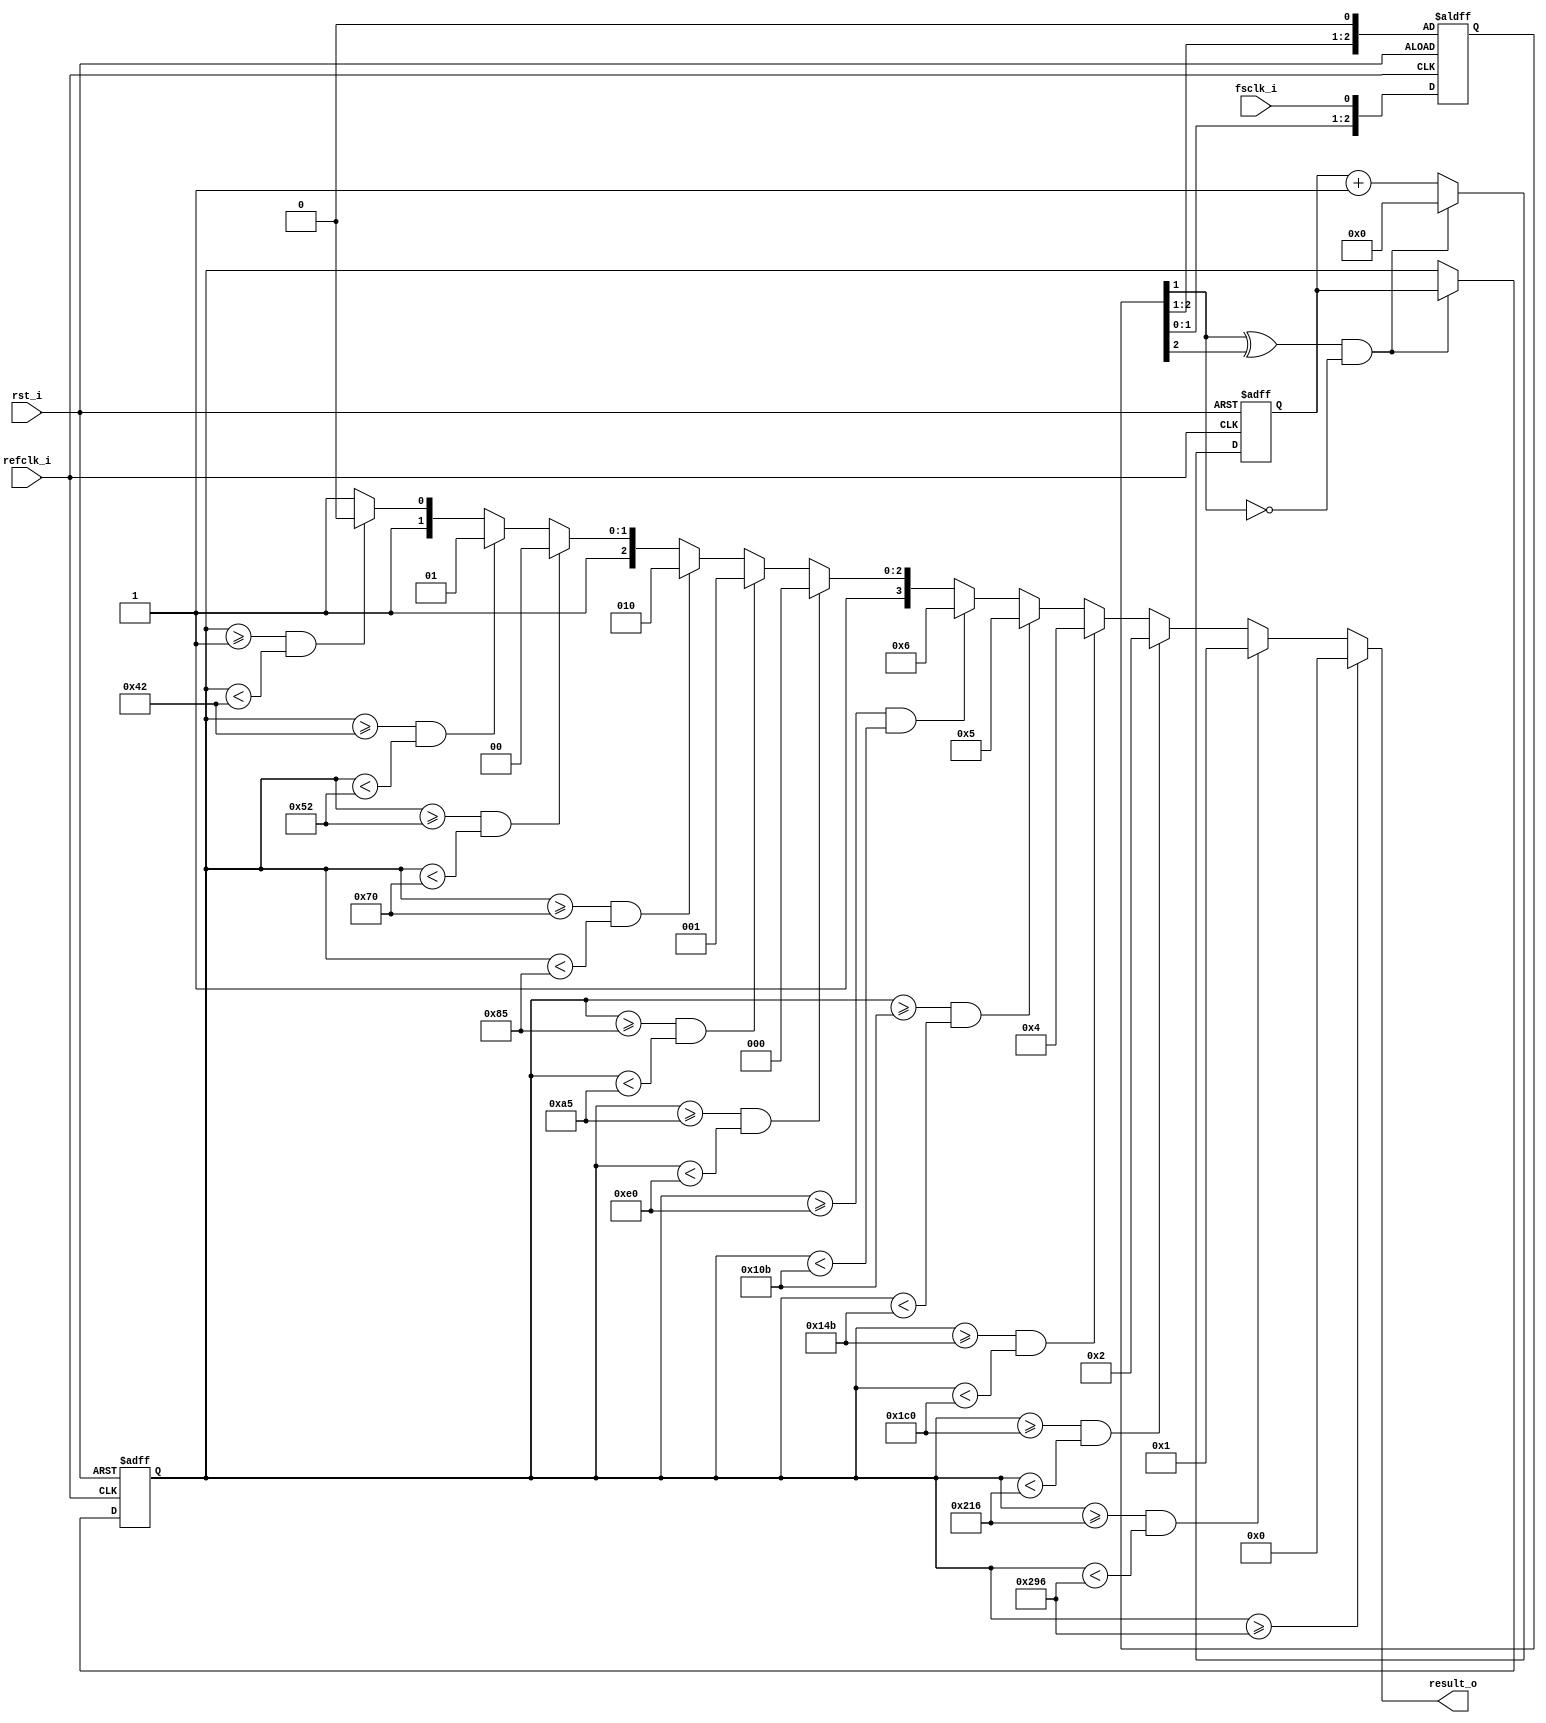
module fs_counter(
	  refclk_i
	, fsclk_i
	, rst_i
	, result_o
);
	input refclk_i;			
	input fsclk_i;			
	input rst_i;			
	output [3:0] result_o;	
	reg [9:0] cnt;
	reg [9:0] l_cnt;
	reg [2:0] s_fsclk;
	always @ (posedge rst_i or negedge refclk_i) begin
		if(rst_i) begin
			s_fsclk[0] <= 1'b0;
		end
		else begin
			s_fsclk[2:0] <= {s_fsclk[1:0], fsclk_i};
		end
	end
	wire edgedet = (s_fsclk[1] ^ s_fsclk[2]) & ~s_fsclk[1];
	always @ (posedge refclk_i or posedge rst_i) begin
		if(rst_i) begin
			l_cnt[9:0] <= 10'b0;
			cnt[9:0] <= 10'b0;
		end
		else begin
			if(edgedet) begin
				l_cnt[9:0] <= cnt[9:0];
				cnt[9:0] <= 10'b0;
			end
			else begin
				cnt[9:0] <= cnt[9:0] + 1'b1;
			end
		end
	end
	assign result_o = (l_cnt[9:0] >= 10'd662) ? 4'b0000 :
							(l_cnt[9:0] >= 10'd534 && l_cnt[9:0] < 662) ? 4'b0001 :
							(l_cnt[9:0] >= 10'd448 && l_cnt[9:0] < 534) ? 4'b0010 :
							(l_cnt[9:0] >= 10'd331 && l_cnt[9:0] < 448) ? 4'b0100 :
							(l_cnt[9:0] >= 10'd267 && l_cnt[9:0] < 331) ? 4'b0101 :
							(l_cnt[9:0] >= 10'd224 && l_cnt[9:0] < 267) ? 4'b0110 :
							(l_cnt[9:0] >= 10'd165 && l_cnt[9:0] < 224) ? 4'b1000 :
							(l_cnt[9:0] >= 10'd133 && l_cnt[9:0] < 165) ? 4'b1001 :
							(l_cnt[9:0] >= 10'd112 && l_cnt[9:0] < 133) ? 4'b1010 :
							(l_cnt[9:0] >= 10'd82 && l_cnt[9:0] < 112) ? 4'b1100 :
							(l_cnt[9:0] >= 10'd66 && l_cnt[9:0] < 82) ? 4'b1101 :
							(l_cnt[9:0] >= 10'd1 && l_cnt[9:0] < 66) ? 4'b1110 :
							4'b1111;
endmodule